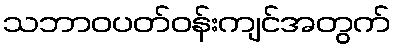
သဘာဝပတ်ဝန်းကျင်အတွက်